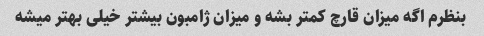
بنظرم اگه میزان قارچ کمتر بشه و میزان ژامبون بیشتر خیلی بهتر میشه